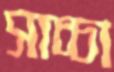
সাচ্চা